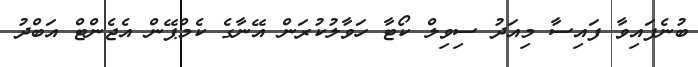
ބުނެފައިވާ ފައިސާ މިއަދު ސިވިލް ކޯޓާ ހަވާލުކުރަން އޭނާގެ ކެމްޕޭން އެޖެންޓް އަބްދު